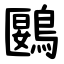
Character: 鶠